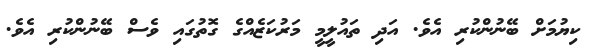
ކިޔުމަށް ބޭނުންކުރި އެވެ. އަދި ތައުލީމީ މަރުކަޒެއްގެ ގޮތުގައި ވެސް ބޭނުންކުރި އެވެ.